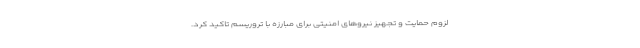
لزوم حمایت و تجهیز نیروهای امنیتی برای مبارزه با تروریسم تاکید کرد.